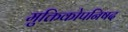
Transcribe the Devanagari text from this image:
मुक्तिकोपनिषद